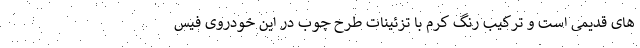
های قدیمی است و ترکیب رنگ کِرِم با تزئینات طرح چوب در این خودروی فیس